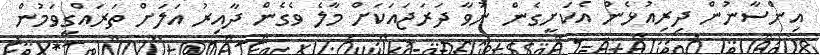
އިންސާނުން ދިރިއުޅެން އެކަށީގެން ނުވާ ދަރަޖައަކަށް މާލެ ވެގެން ދާއިރު އަލަށް ތަރައްގީވަމުން